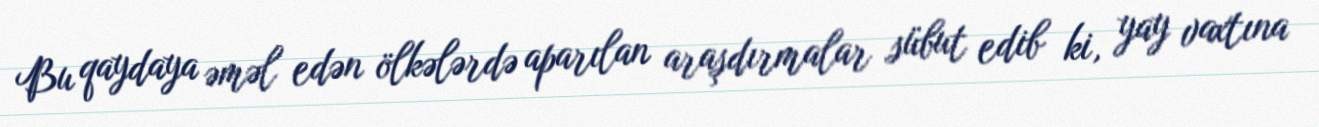
Bu qaydaya əməl edən ölkələrdə aparılan araşdırmalar sübut edib ki, yay vaxtına